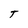
Character: T